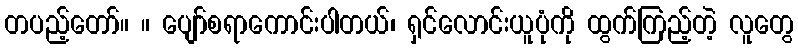
တပည့်တော်။ ။ ပျော်စရာကောင်းပါတယ်၊ ရှင်လောင်းယူပုံကို ထွက်ကြည့်တဲ့ လူတွေ